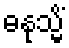
ဓနုသ္မိံ